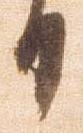
日